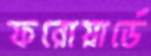
ফরোয়ার্ডে